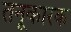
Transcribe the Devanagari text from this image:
तनूकारक